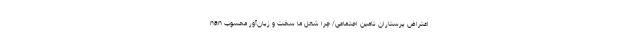
nan اعتراض پرستاران تامین اجتماعی/ چرا شغل ما سخت و زیان‌آور محسوب